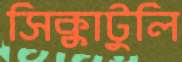
সিক্কাটুলি